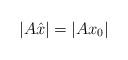
LaTeX: \begin{align*}|A\hat x|=|Ax_0|\end{align*}